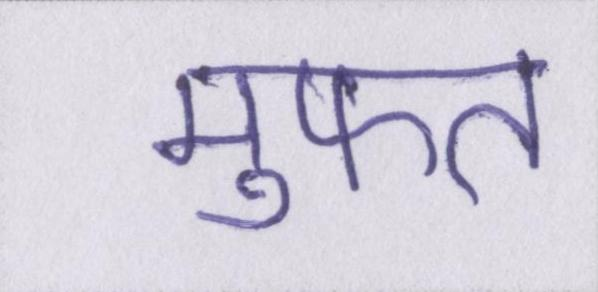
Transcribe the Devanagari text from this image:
मुफ्त